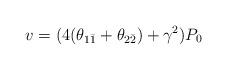
LaTeX: \begin{align*}v=(4(\theta_{1\bar{1}}+\theta_{2\bar{2}})+\gamma^2)P_0\end{align*}